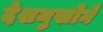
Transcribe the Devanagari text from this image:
देशमुखोने